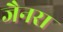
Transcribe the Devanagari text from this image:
जैनरा